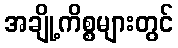
အချို့ကိစ္စများတွင်